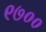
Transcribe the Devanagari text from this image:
९७००